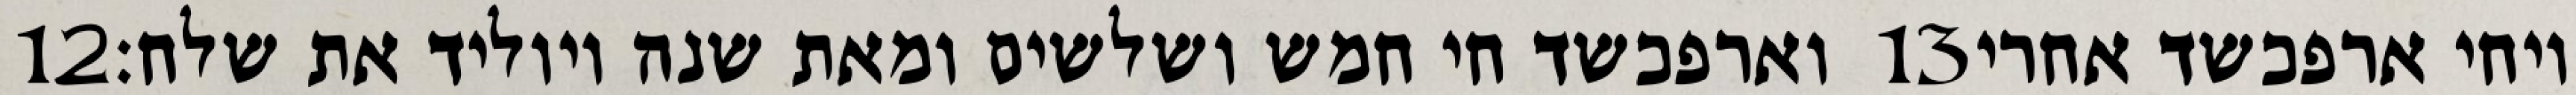
‎12‏ וארפכשד חי חמש ושלשים ומאת שנה ויוליד את שלח׃ ‎13‏ ויחי ארפכשד אחרי